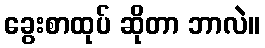
ခွေးစာထုပ် ဆိုတာ ဘာလဲ။